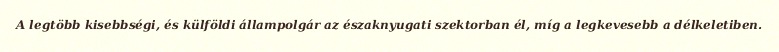
A legtöbb kisebbségi, és külföldi állampolgár az északnyugati szektorban él, míg a legkevesebb a délkeletiben.